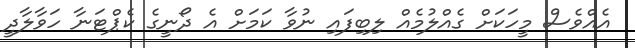
އެއްވެސް މީހަކަށް ގެއްލުމެއް ލިބިފައި ނުވާ ކަމަށް އެ ދޯނީގެ ކެޕްޓަނާ ހަވާލާދީ